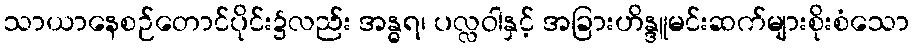
သာယာနေစဉ်တောင်ပိုင်း၌လည်း အန္ဓရ၊ ပလ္လဝါနှင့် အခြားဟိန္ဒူမင်းဆက်များစိုးစံသော